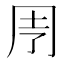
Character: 𠄗